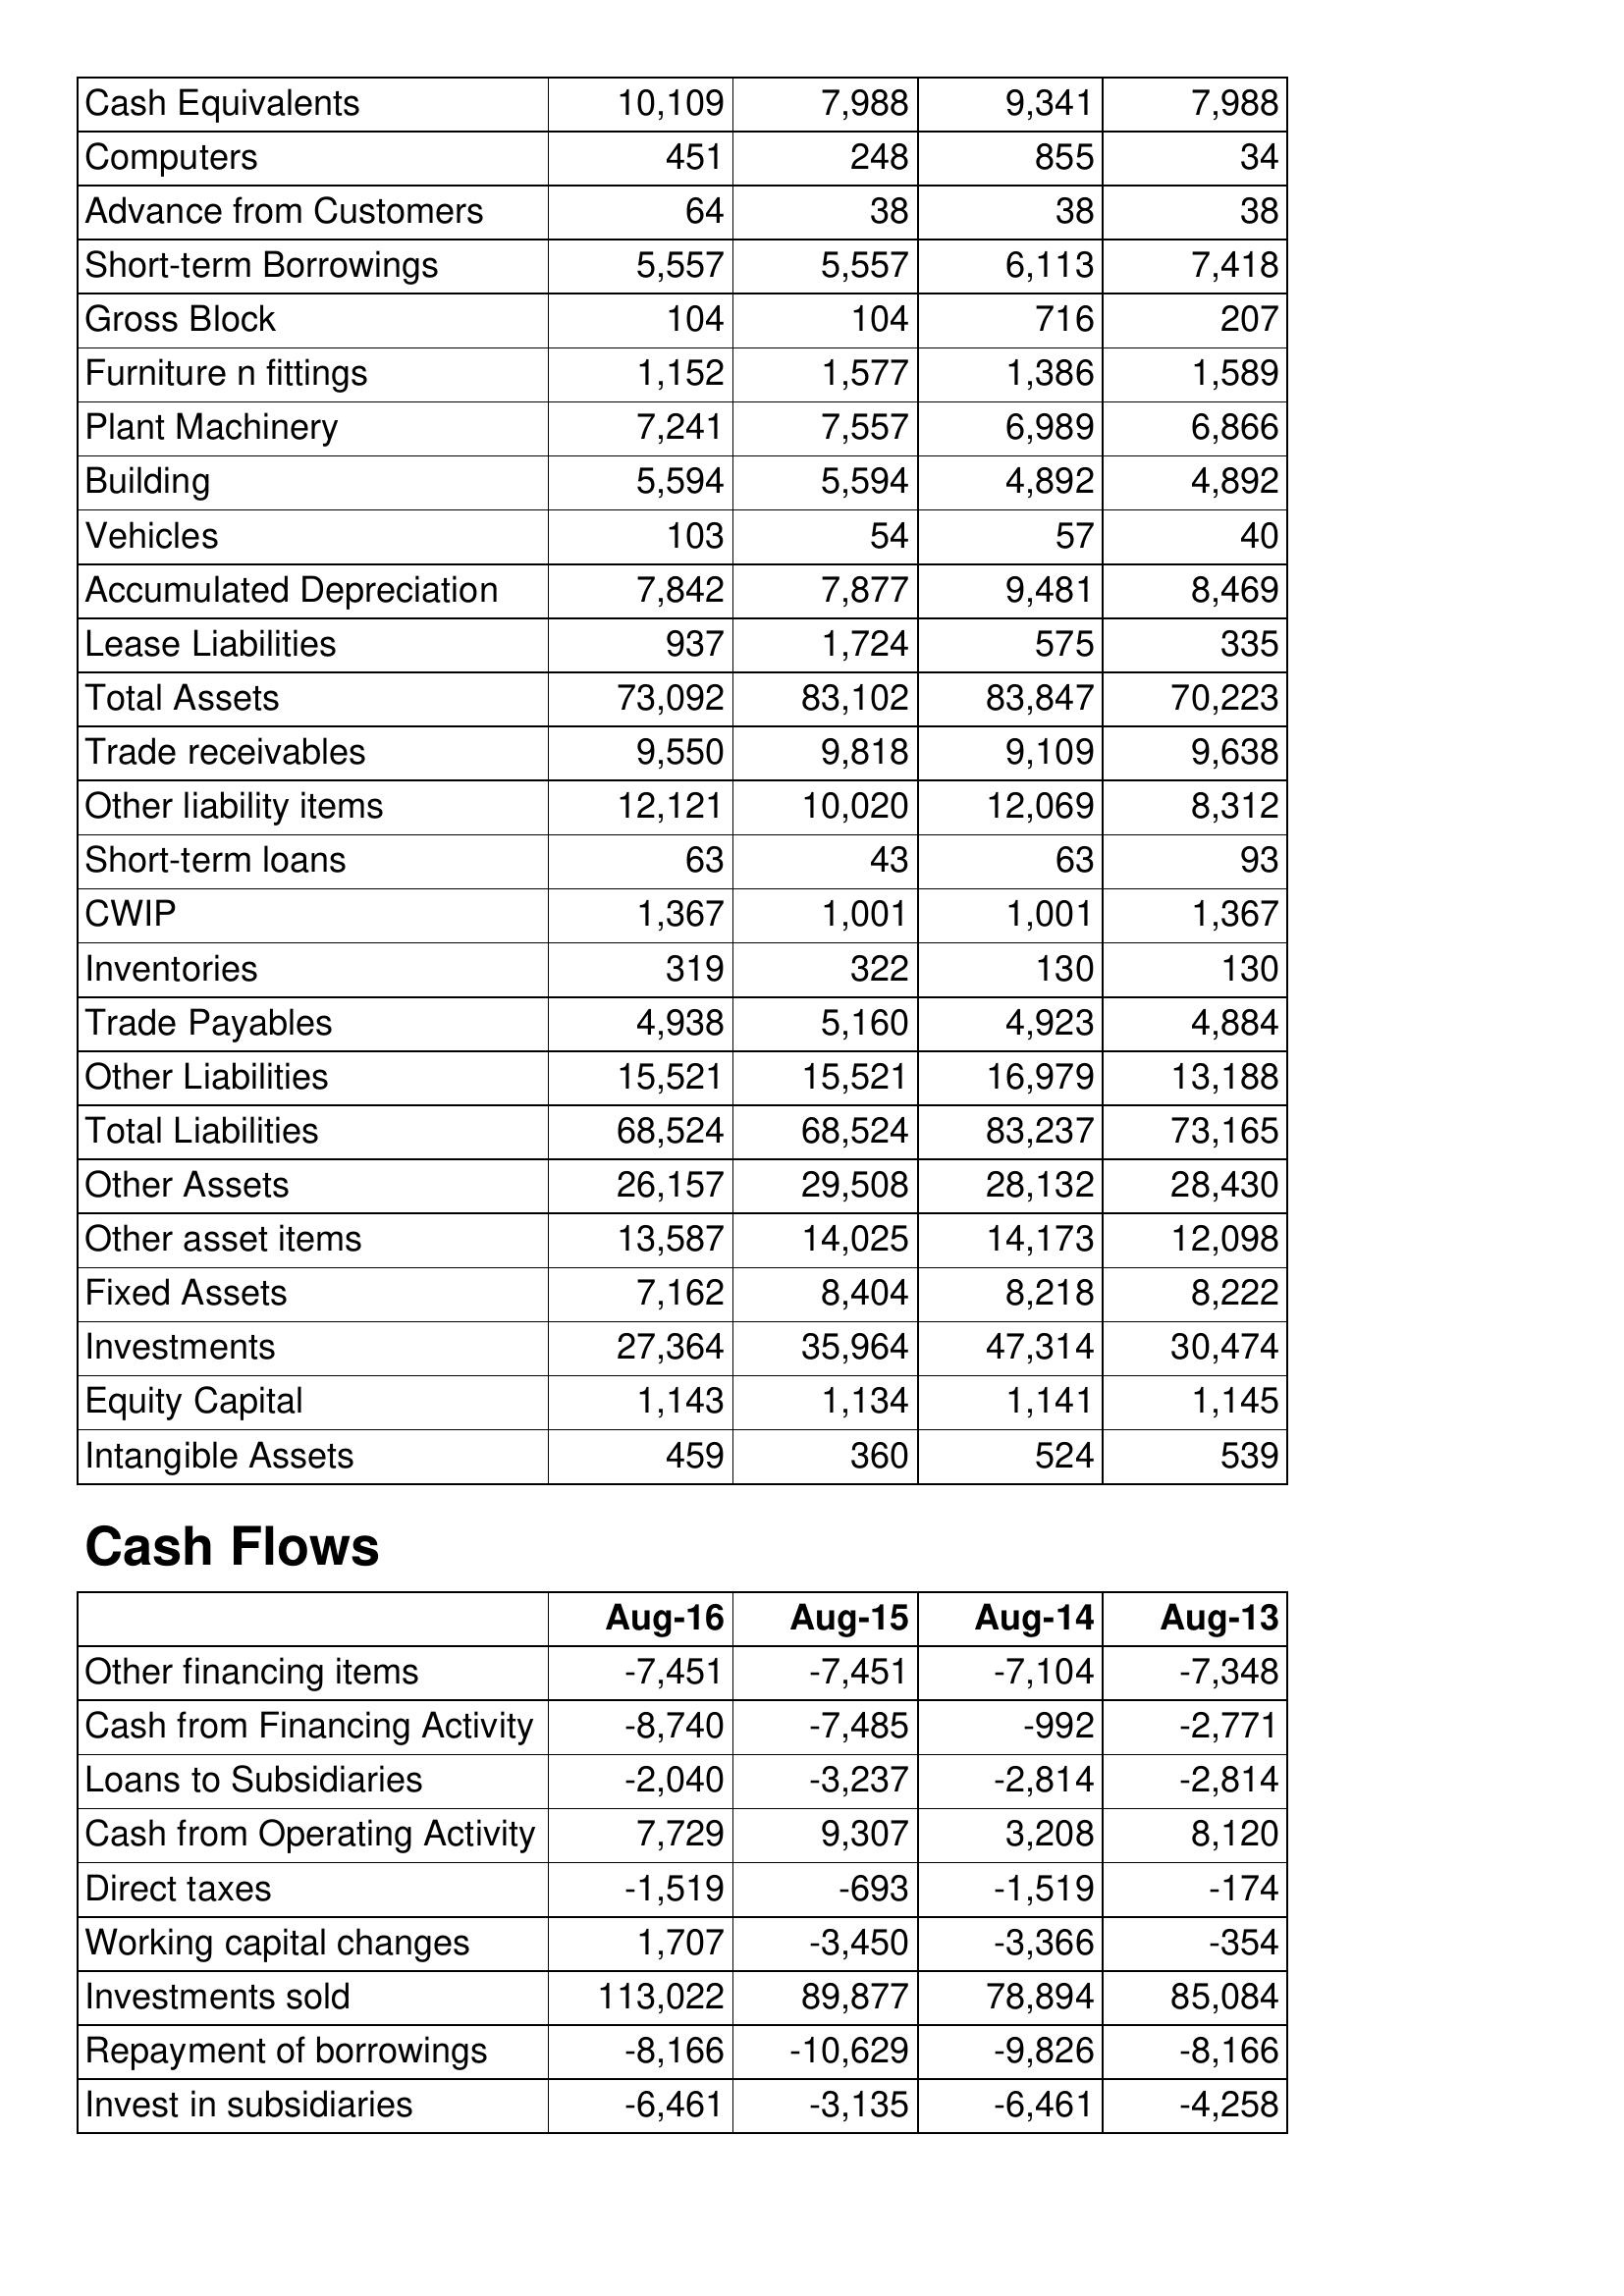
Aug-16: Balance Sheet: Cash Equivalents: 10,109
Computers: 451
Advance from Customers: 64
Short-term Borrowings: 5,557
Gross Block: 104
Furniture n fittings: 1,152
Plant Machinery: 7,241
Building: 5,594
Vehicles: 103
Accumulated Depreciation: 7,842
Lease Liabilities: 937
Total Assets: 73,092
Trade receivables: 9,550
Other liability items: 12,121
Short-term loans: 63
CWIP: 1,367
Inventories: 319
Trade Payables: 4,938
Other Liabilities: 15,521
Total Liabilities: 68,524
Other Assets: 26,157
Other asset items: 13,587
Fixed Assets: 7,162
Investments: 27,364
Equity Capital: 1,143
Intangible Assets: 459
Cash Flows: Other financing items: -7,451
Cash from Financing Activity: -8,740
Loans to Subsidiaries: -2,040
Cash from Operating Activity: 7,729
Direct taxes: -1,519
Working capital changes: 1,707
Investments sold: 113,022
Repayment of borrowings: -8,166
Invest in subsidiaries: -6,461
Aug-15: Balance Sheet: Cash Equivalents: 7,988
Computers: 248
Advance from Customers: 38
Short-term Borrowings: 5,557
Gross Block: 104
Furniture n fittings: 1,577
Plant Machinery: 7,557
Building: 5,594
Vehicles: 54
Accumulated Depreciation: 7,877
Lease Liabilities: 1,724
Total Assets: 83,102
Trade receivables: 9,818
Other liability items: 10,020
Short-term loans: 43
CWIP: 1,001
Inventories: 322
Trade Payables: 5,160
Other Liabilities: 15,521
Total Liabilities: 68,524
Other Assets: 29,508
Other asset items: 14,025
Fixed Assets: 8,404
Investments: 35,964
Equity Capital: 1,134
Intangible Assets: 360
Cash Flows: Other financing items: -7,451
Cash from Financing Activity: -7,485
Loans to Subsidiaries: -3,237
Cash from Operating Activity: 9,307
Direct taxes: -693
Working capital changes: -3,450
Investments sold: 89,877
Repayment of borrowings: -10,629
Invest in subsidiaries: -3,135
Aug-14: Balance Sheet: Cash Equivalents: 9,341
Computers: 855
Advance from Customers: 38
Short-term Borrowings: 6,113
Gross Block: 716
Furniture n fittings: 1,386
Plant Machinery: 6,989
Building: 4,892
Vehicles: 57
Accumulated Depreciation: 9,481
Lease Liabilities: 575
Total Assets: 83,847
Trade receivables: 9,109
Other liability items: 12,069
Short-term loans: 63
CWIP: 1,001
Inventories: 130
Trade Payables: 4,923
Other Liabilities: 16,979
Total Liabilities: 83,237
Other Assets: 28,132
Other asset items: 14,173
Fixed Assets: 8,218
Investments: 47,314
Equity Capital: 1,141
Intangible Assets: 524
Cash Flows: Other financing items: -7,104
Cash from Financing Activity: -992
Loans to Subsidiaries: -2,814
Cash from Operating Activity: 3,208
Direct taxes: -1,519
Working capital changes: -3,366
Investments sold: 78,894
Repayment of borrowings: -9,826
Invest in subsidiaries: -6,461
Aug-13: Balance Sheet: Cash Equivalents: 7,988
Computers: 34
Advance from Customers: 38
Short-term Borrowings: 7,418
Gross Block: 207
Furniture n fittings: 1,589
Plant Machinery: 6,866
Building: 4,892
Vehicles: 40
Accumulated Depreciation: 8,469
Lease Liabilities: 335
Total Assets: 70,223
Trade receivables: 9,638
Other liability items: 8,312
Short-term loans: 93
CWIP: 1,367
Inventories: 130
Trade Payables: 4,884
Other Liabilities: 13,188
Total Liabilities: 73,165
Other Assets: 28,430
Other asset items: 12,098
Fixed Assets: 8,222
Investments: 30,474
Equity Capital: 1,145
Intangible Assets: 539
Cash Flows: Other financing items: -7,348
Cash from Financing Activity: -2,771
Loans to Subsidiaries: -2,814
Cash from Operating Activity: 8,120
Direct taxes: -174
Working capital changes: -354
Investments sold: 85,084
Repayment of borrowings: -8,166
Invest in subsidiaries: -4,258